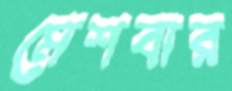
মেশবার